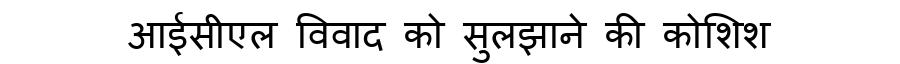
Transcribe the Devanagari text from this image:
आईसीएल विवाद को सुलझाने की कोशिश